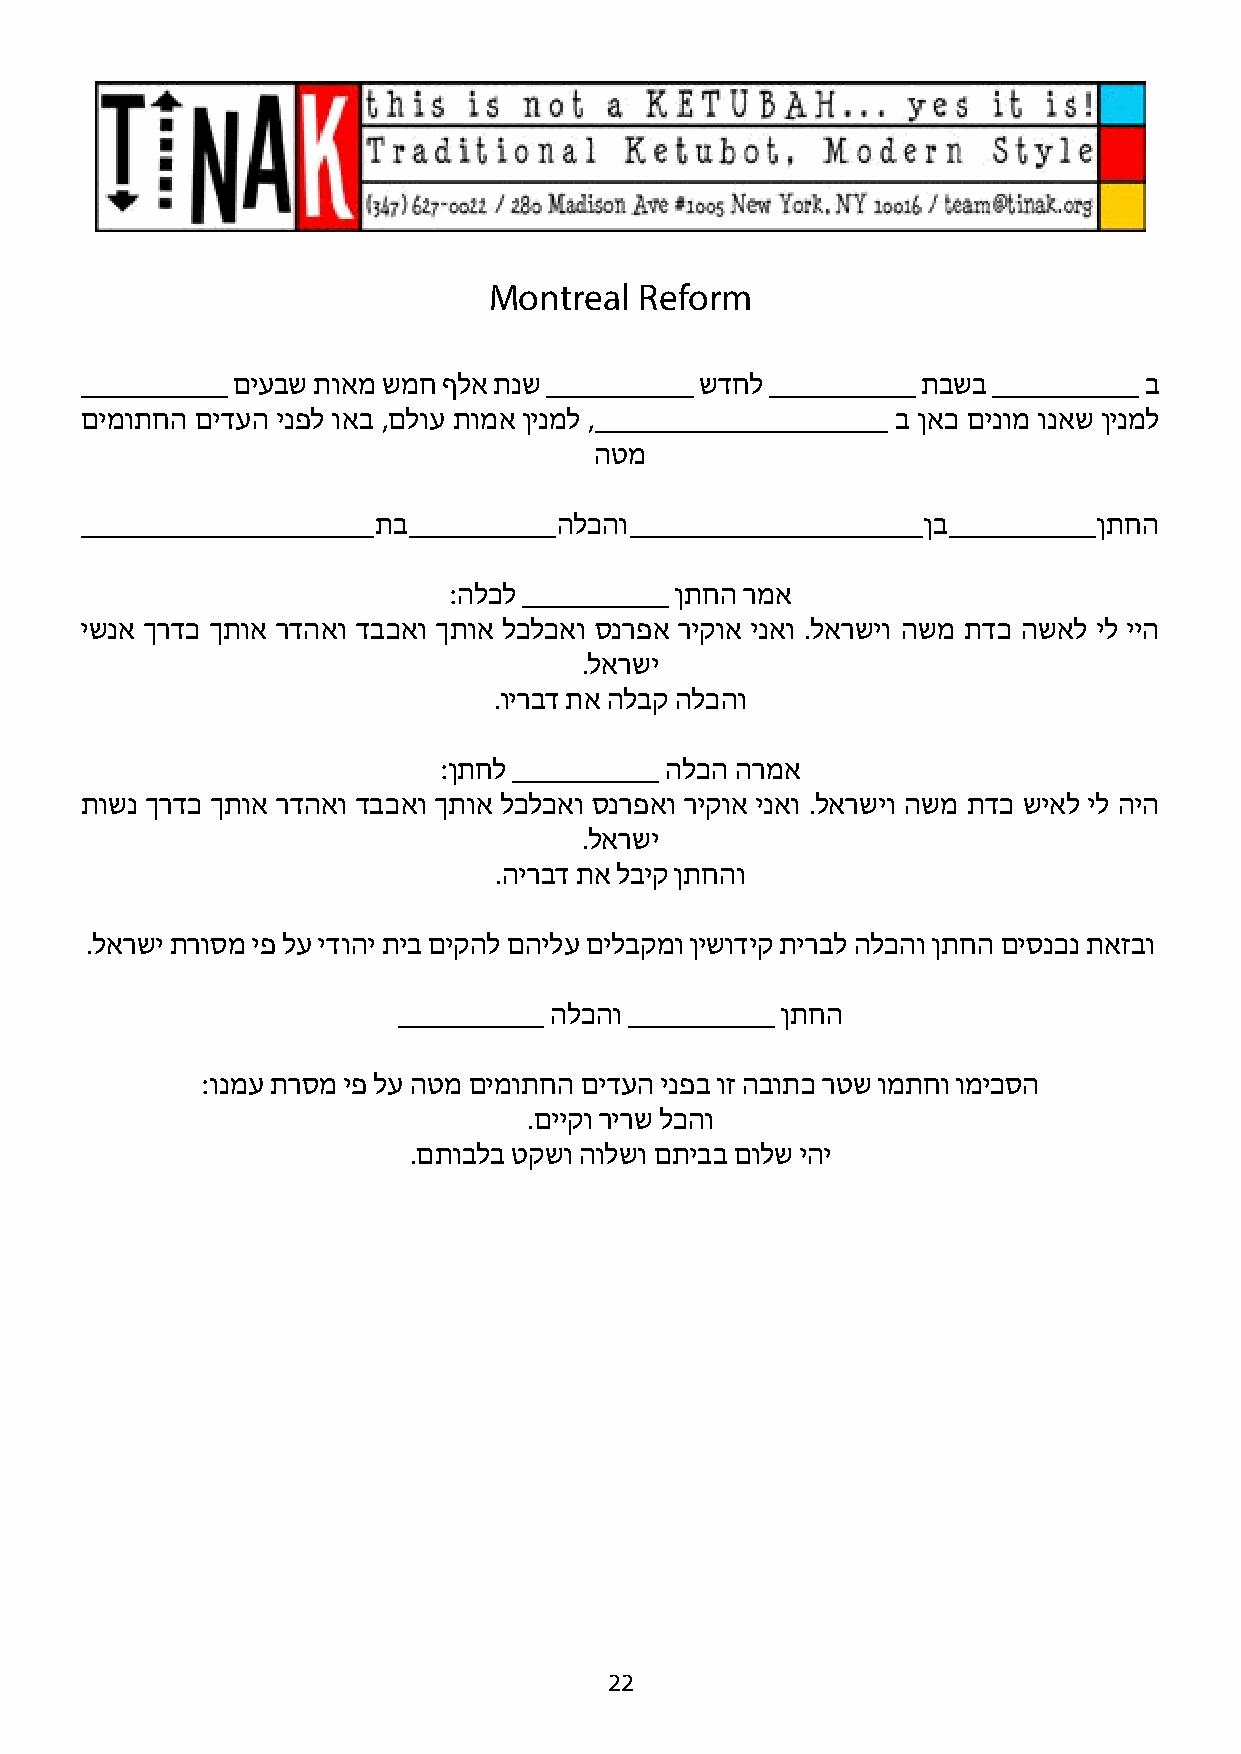
Montreal  Reform
 __________ םיעבש תואמ שמח ףלא תנש __________ ש דחל __________ תבשב __________ ב
 םימותחה םידעה ינפל ואב , םלוע תומא ןינמל ,____________________ ב ןאכ םינומ ונאש ןינמל
 הטמ
 ____________________ תב __________ הלכהו ____________________ ןב __________ ןתחה
 : הלכל __________ ןתחה רמא
 ישנא ךרדכ ךתוא רדהאו דבכאו ךתוא לכלכאו סנרפא ריקוא ינאו . לארשיו השמ תדכ השאל יל ייה
 . לארשי
 . וירבד תא הלבק הלכהו
 : ןתחל __________ הלכה הרמא
 תושנ ךרדכ ךתוא רדהאו דבכאו ךתוא לכלכאו סנרפאו ריקוא ינאו . לארשיו השמ תדכ שיאל יל היה
 . לארשי
 . הירבד תא לביק ןתחהו
 . לארשי תרוסמ יפ לע ידוהי תיב םיקהל םהילע םילבקמו ןישודיק תירבל הלכהו ןתחה םיסנכנ תאזבו
 __________ הלכהו __________ ןתחה
 : ונמע תרסמ יפ לע הטמ םימותחה םידעה ינפב וז הבותכ רטש ומתחו ומיכסה
 . םייקו רירש לכהו
 . םתובלב טקשו הולשו םתיבב םולש יהי
 22